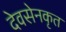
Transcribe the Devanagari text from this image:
देवसेनकृत